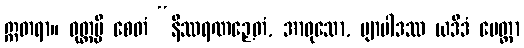
ဣတရာ။ ဝုတ္တမ္ပိ စေတံ “နိဿရဏဉှေတံ, အာဝုသော, ဗျာပါဒဿ ယဒိဒံ မေတ္တာ